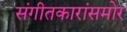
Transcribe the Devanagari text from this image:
संगीतकारांसमोर